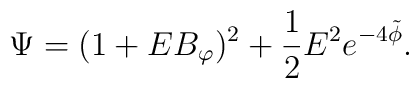
\Psi = (1+E B_\varphi)^2 + \frac{1}{2}  E^2 e^{-4\tilde{\phi}}.